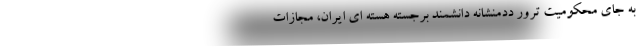
به جای محکومیت ترور ددمنشانه دانشمند برجسته هسته ای ایران، مجازات